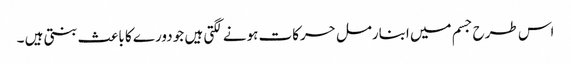
اس طرح جسم میں ابنارمل حرکات ہونے لگتی ہیں جو دورے کا باعث بنتی ہیں ۔